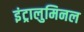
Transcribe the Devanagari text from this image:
इंट्रालुमिनल